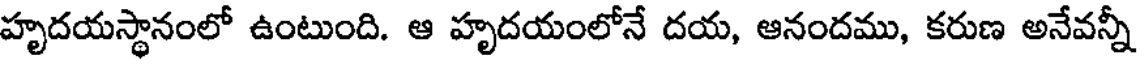
హృదయస్థానంలో ఉంటుంది. ఆ హృదయంలోనే దయ, ఆనందము, కరుణ అనేవన్నీ